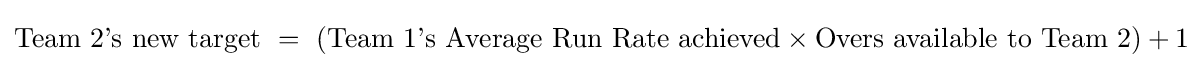
{\text{Team 2's new target }}={\text{ (Team 1's Average Run Rate achieved}}\times {\text{Overs available to Team 2)}}+1